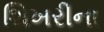
શિખરીના